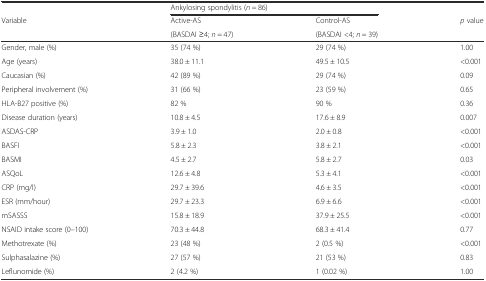
|  | <COLSPAN=2> Ankylosing spondylitis (n = 86) |  |
 | Variable | Active-AS | Control-AS | p value |
 |  | (BASDAI ≥4; n = 47) | (BASDAI <4; n = 39) |  |
 | --- | --- | --- | --- |
 | Gender, male (%) | 35 (74 %) | 29 (74 %) | 1.00 |
 | Age (years) | 38.0 ± 11.1 | 49.5 ± 10.5 | <0.001 |
 | Caucasian (%) | 42 (89 %) | 29 (74 %) | 0.09 |
 | Peripheral involvement (%) | 31 (66 %) | 23 (59 %) | 0.65 |
 | HLA-B27 positive (%) | 82 % | 90 % | 0.36 |
 | Disease duration (years) | 10.8 ± 4.5 | 17.6 ± 8.9 | 0.007 |
 | ASDAS-CRP | 3.9 ± 1.0 | 2.0 ± 0.8 | <0.001 |
 | BASFI | 5.8 ± 2.3 | 3.8 ± 2.1 | <0.001 |
 | BASMI | 4.5 ± 2.7 | 5.8 ± 2.7 | 0.03 |
 | ASQoL | 12.6 ± 4.8 | 5.3 ± 4.1 | <0.001 |
 | CRP (mg/l) | 29.7 ± 39.6 | 4.6 ± 3.5 | <0.001 |
 | ESR (mm/hour) | 29.7 ± 23.3 | 6.9 ± 6.6 | <0.001 |
 | mSASSS | 15.8 ± 18.9 | 37.9 ± 25.5 | <0.001 |
 | NSAID intake score (0–100) | 70.3 ± 44.8 | 68.3 ± 41.4 | 0.77 |
 | Methotrexate (%) | 23 (48 %) | 2 (0.5 %) | <0.001 |
 | Sulphasalazine (%) | 27 (57 %) | 21 (53 %) | 0.83 |
 | Leflunomide (%) | 2 (4.2 %) | 1 (0.02 %) | 1.00 |